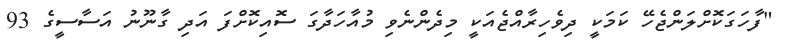
"ފާހަގަކޮށްލަންޖެހޭ ކަމަކީ ދިވެހިރާއްޖެއަކީ މިދެންނެވި މުއާހަދާގަ ސޮއިކޮށްފަ އަދި ގާނޫނު އަސާސީގެ 93